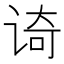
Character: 𮷈